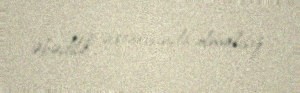
əbədilik axtarışında olmalısız.